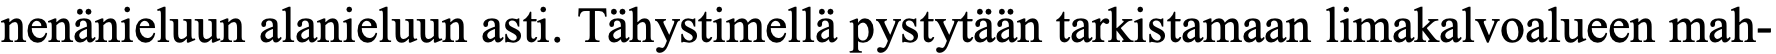
nenänieluun alanieluun asti. Tähystimellä pystytään tarkistamaan limakalvoalueen mah-